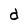
Character: d